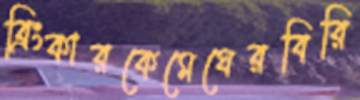
ব্রিংকারকেমেঘেরবিরি